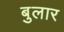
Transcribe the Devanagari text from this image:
बुलार